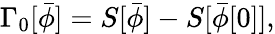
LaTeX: \Gamma_{0}[\bar{\phi}]=S[\bar{\phi}]-S[\bar{\phi}[0]],